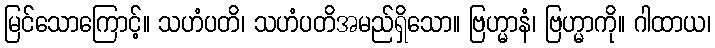
မြင်သောကြောင့်။ သဟံပတိ၊ သဟံပတိအမည်ရှိသော။ ဗြဟ္မာနံ၊ ဗြဟ္မာကို။ ဂါထာယ၊